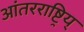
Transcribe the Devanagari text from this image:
आंतरराष्ट्रिय्